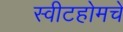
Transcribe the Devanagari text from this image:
स्वीटहोमचे